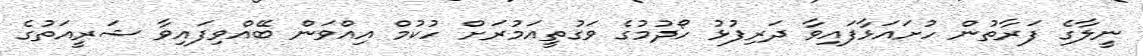
ނީލާގެ ފަރާތުން ހުށައަޅާފައިވާ ދަރިފުޅު ހޯދުމުގެ ވަގުތީއަމުރަށް ހުކުމް އިއްވަން ބޭއްވިފައިވާ ޝަރީއަތުގެ